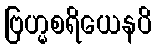
ဗြဟ္မစရိယေနပိ